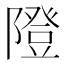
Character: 隥